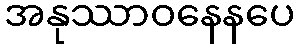
အနုဿာဝနေနပေ